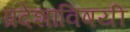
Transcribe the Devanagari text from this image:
प्रदेशाविषयी